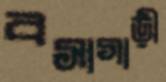
বসাগাড়ী